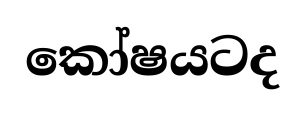
කෝෂයටද